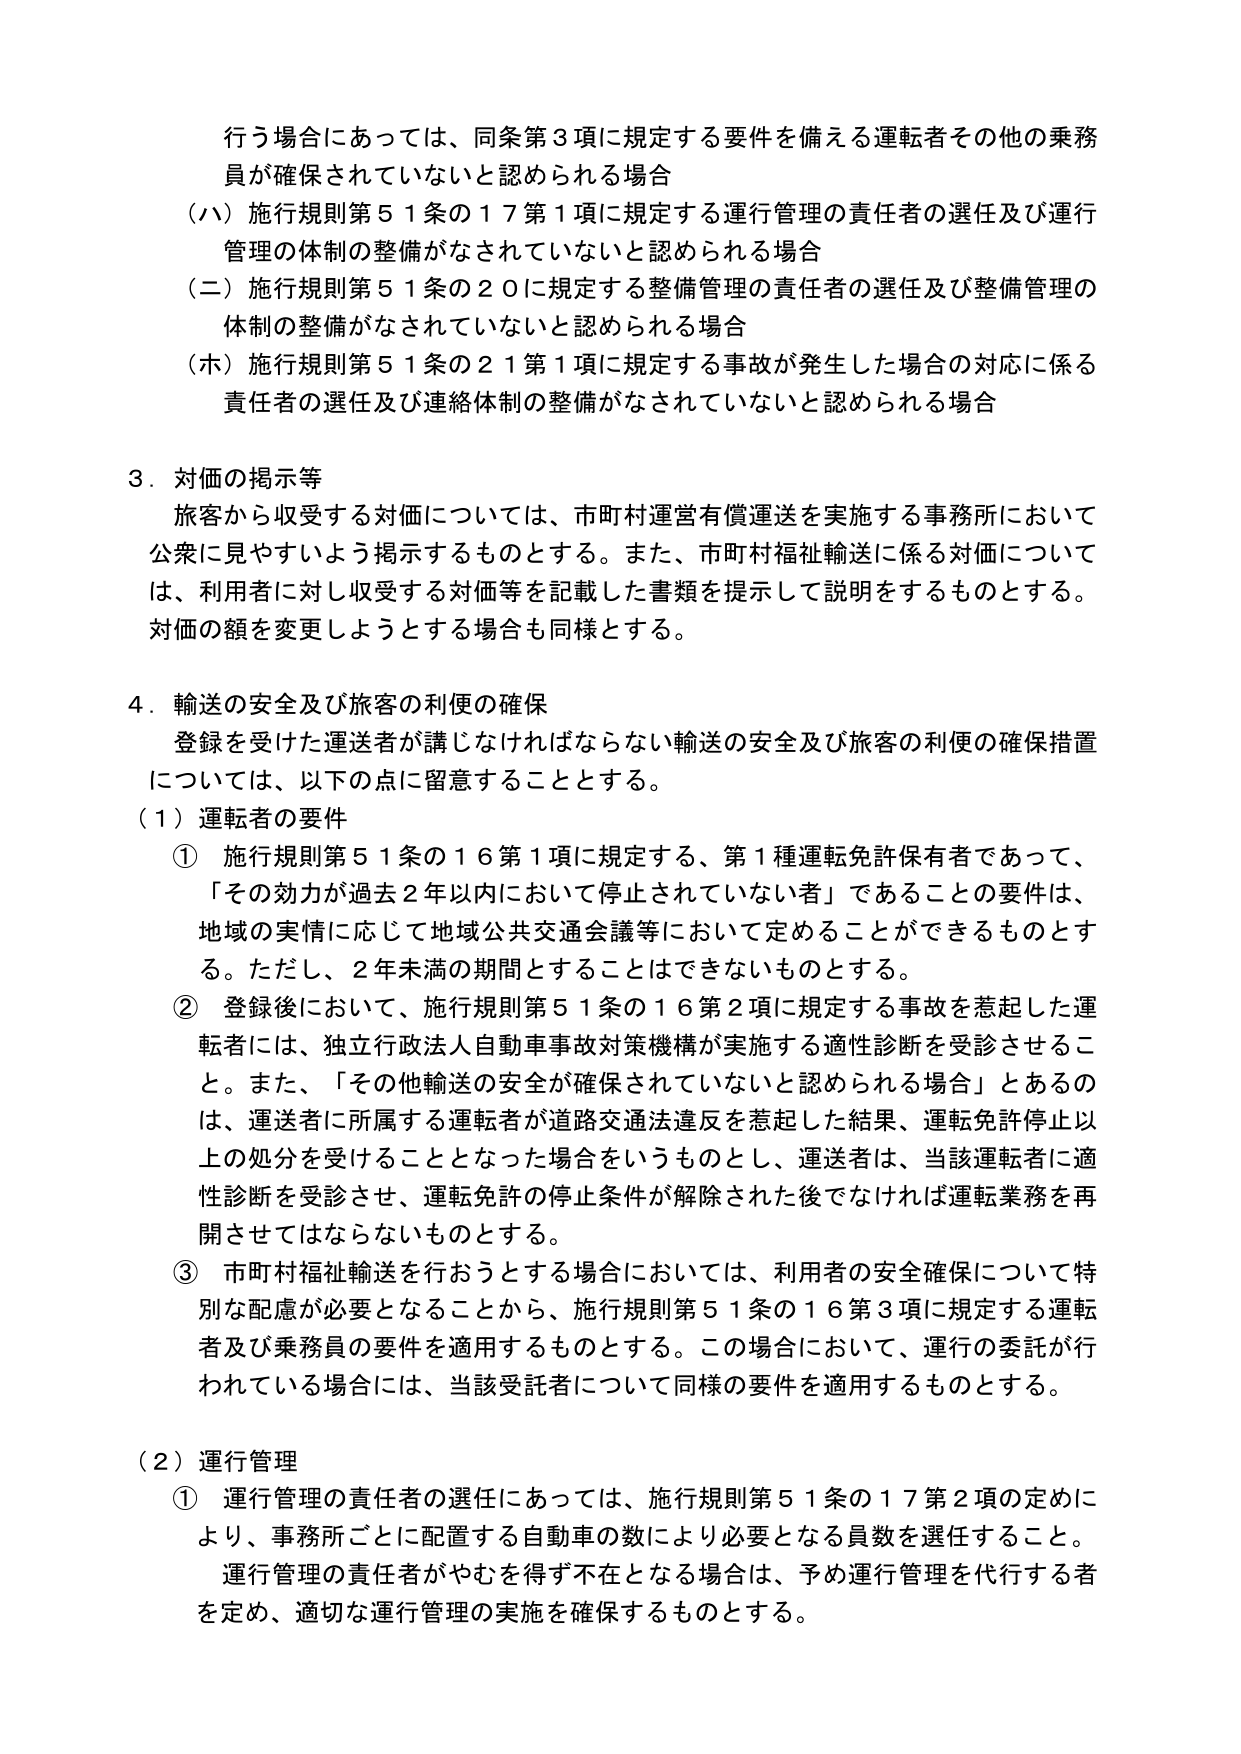
行う場合にあっては、同条第3項に規定する要件を備える運転者その他の乗務員が確保されていないと認められる場合
（ハ）施行規則第51条の17第1項に規定する運行管理の責任者の選任及び運行管理の体制の整備がなされていないと認められる場合
（ニ）施行規則第51条の20に規定する整備管理の責任者の選任及び整備管理の体制の整備がなされていないと認められる場合
（ホ）施行規則第51条の21第1項に規定する事故が発生した場合の対応に係る責任者の選任及び連絡体制の整備がなされていないと認められる場合

3．対価の掲示等
旅客から収受する対価については、市町村運営有償運送を実施する事務所において公衆に見やすいよう掲示するものとする。また、市町村福祉輸送に係る対価については、利用者に対し収受する対価等を記載した書類を提示して説明をするものとする。対価の額を変更しようとする場合も同様とする。

4．輸送の安全及び旅客の利便の確保
登録を受けた運送者が講じなければならない輸送の安全及び旅客の利便の確保措置については、以下の点に留意することとする。
（1）運転者の要件
① 施行規則第51条の16第1項に規定する、第1種運転免許保有者であって、「その効力が過去2年以内において停止されていない者」であることの要件は、地域の実情に応じて地域公共交通会議等において定めることができるものとする。ただし、2年未満の期間とすることはできないものとする。
② 登録後において、施行規則第51条の16第2項に規定する事故を惹起した運転者には、独立行政法人自動車事故対策機構が実施する適性診断を受診させること。また、「その他輸送の安全が確保されていないと認められる場合」とあるのは、運送者に所属する運転者が道路交通法違反を惹起した結果、運転免許停止以上の処分を受けることとなった場合をいうものとし、運送者は、当該運転者に適性診断を受診させ、運転免許の停止条件が解除された後でなければ運転業務を再開させてはならないものとする。
③ 市町村福祉輸送を行おうとする場合においては、利用者の安全確保について特別な配慮が必要となることから、施行規則第51条の16第3項に規定する運転者及び乗務員の要件を適用するものとする。この場合において、運行の委託が行われている場合には、当該受託者について同様の要件を適用するものとする。

（2）運行管理
① 運行管理の責任者の選任にあっては、施行規則第51条の17第2項の定めにより、事務所ごとに配置する自動車の数により必要となる員数を選任すること。運行管理の責任者がやむを得ず不在となる場合は、予め運行管理を代行する者を定め、適切な運行管理の実施を確保するものとする。